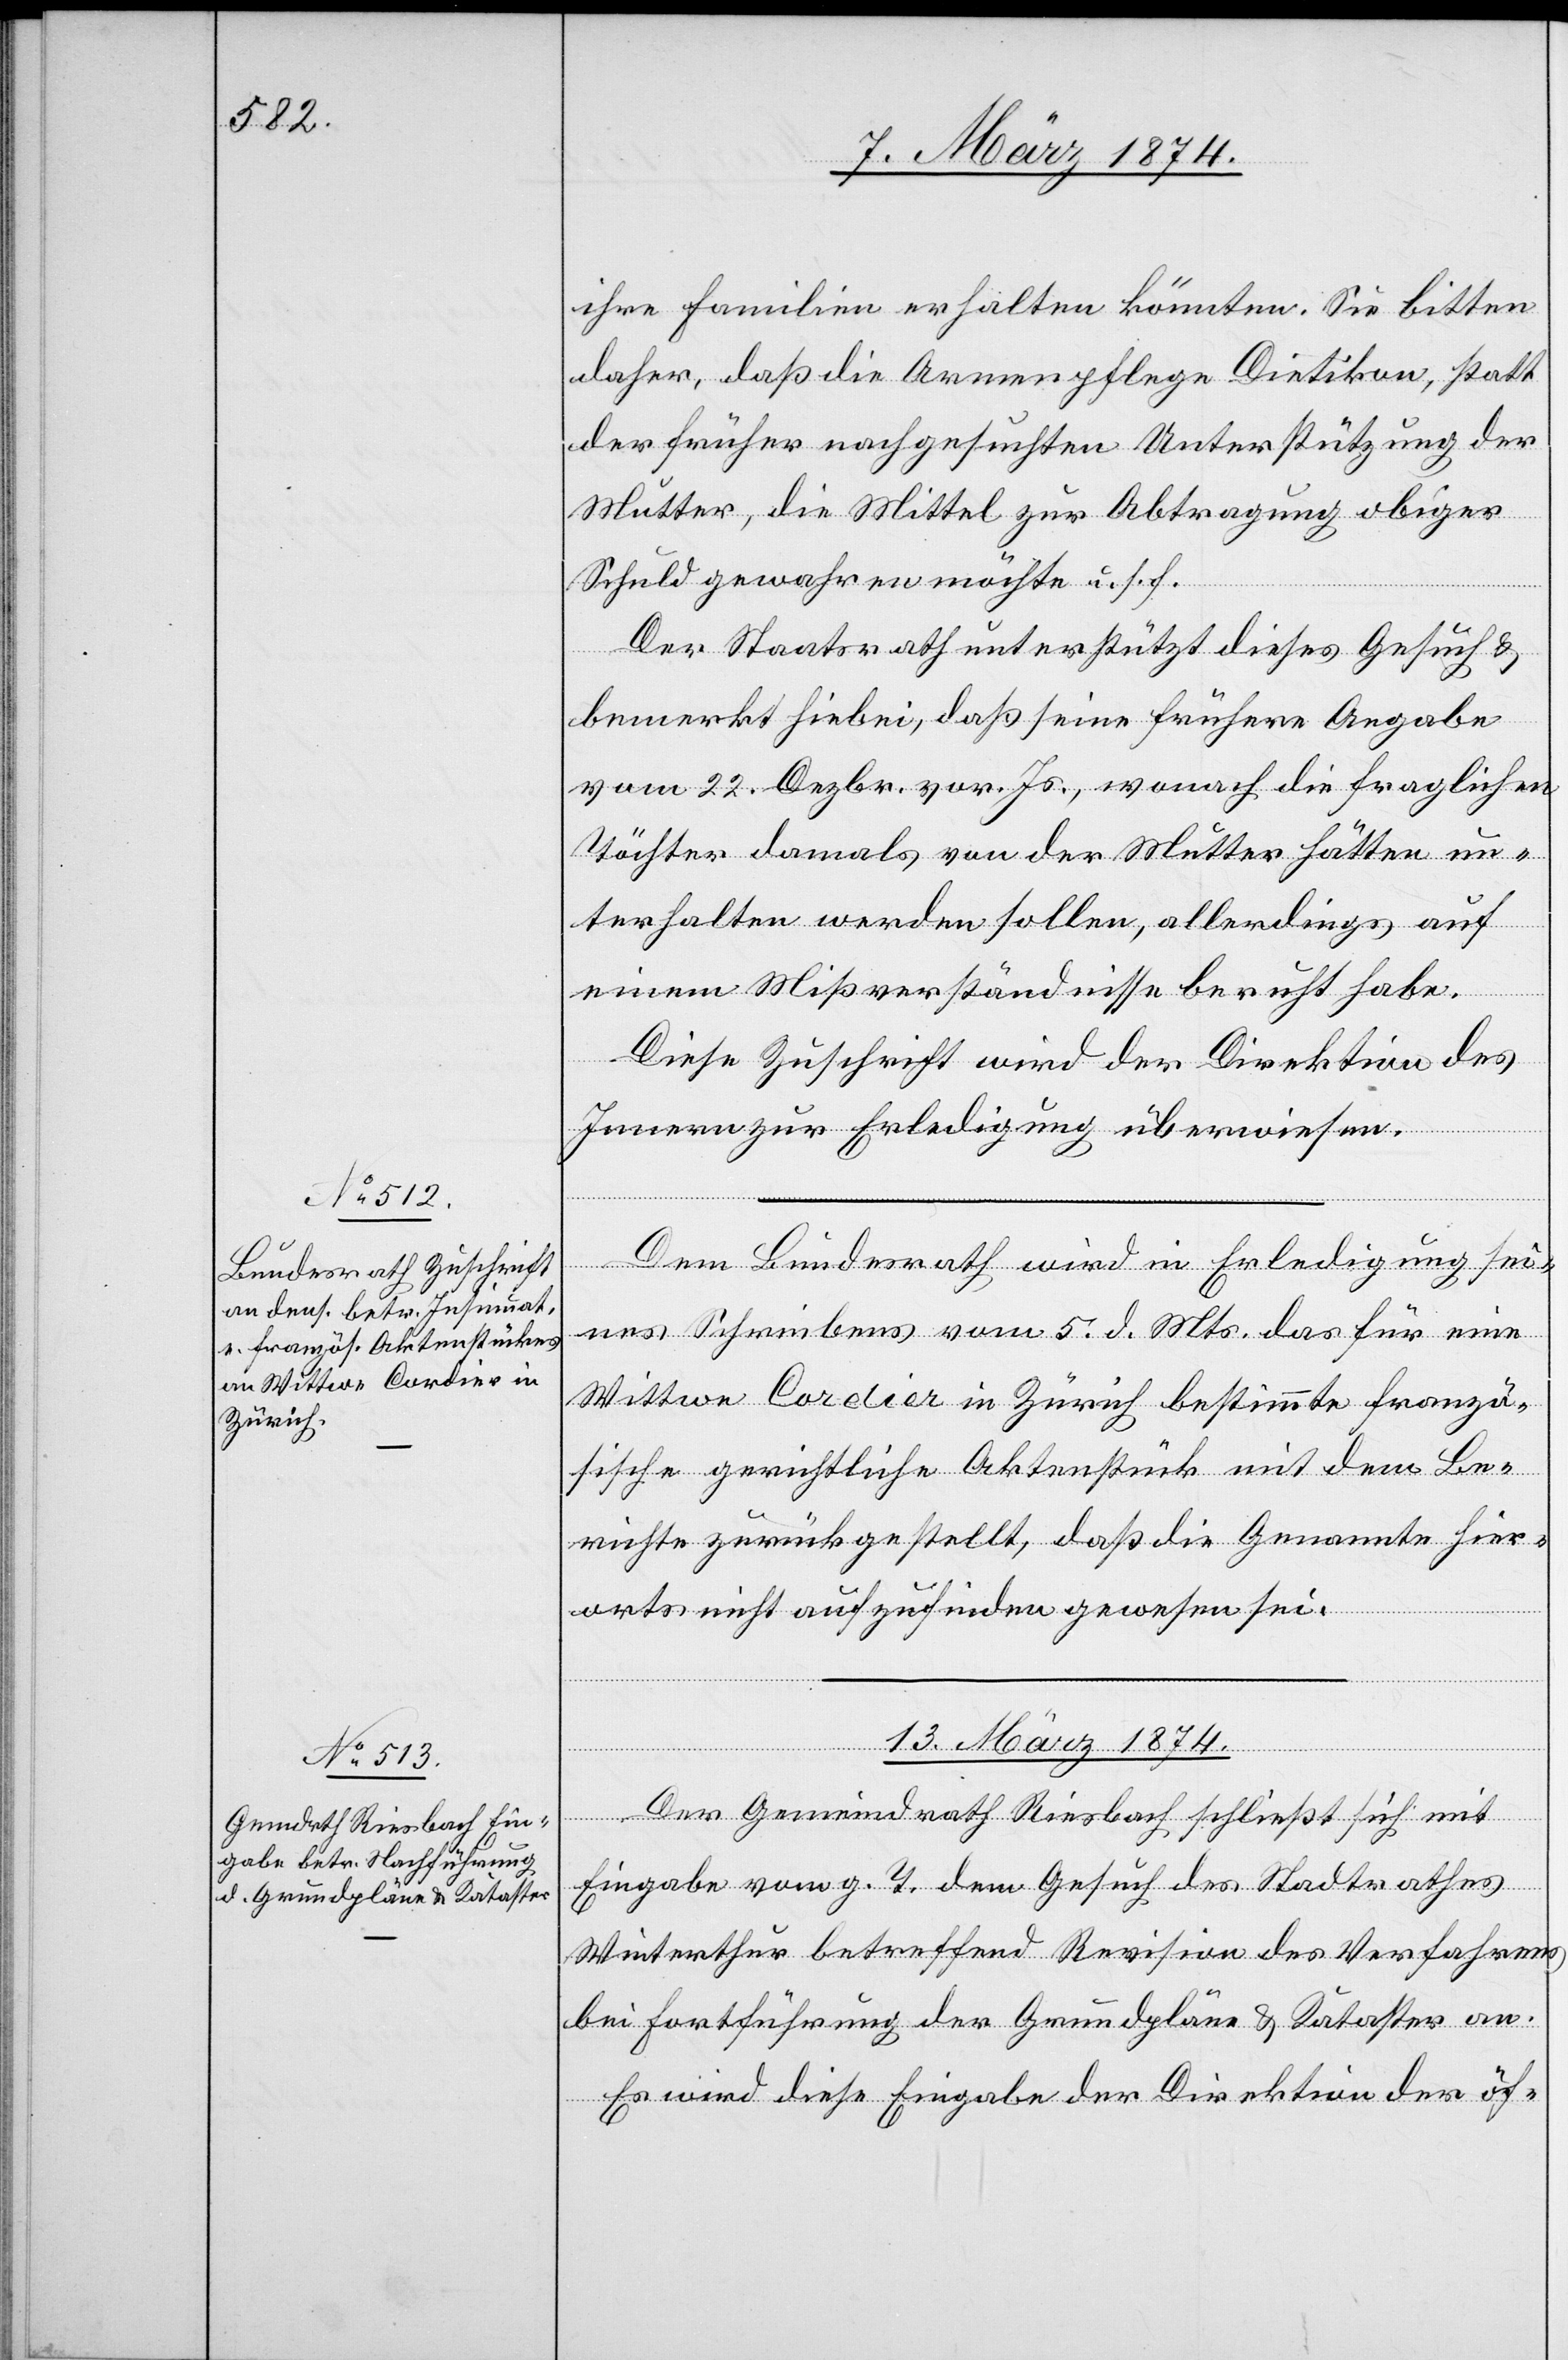
11. März 1874.]
ihre Familien erhalten könnten. Sie bitten
daher, daß die Armenpflege Dietikon, statt
der früher nachgesuchten Unterstützung der
Mutter, die Mittel zur Abtragung obiger
Schuld gewahren möchte u. s. f.
Der Staatsrath unterstützt dieses Gesuch u.
bemerkt hiebei, daß seine frühere Angabe
vom 22. Dezbr. vor. Js., wonach die fraglichen
Töchter damals von der Mutter hätten un¬
terhalten werden sollen, allerdings auf
einem Mißverständnisse beruht habe.
Diese Zuschrift wird der Direktion des
Innern zur Erledigung überwiesen.
Dem Bundesrath wird in Erledigung sei¬
nes Schreibens vom 5. d. Mts. das für eine
Wittwe Cordier in Zürich bestimmte franzö¬
sische gerichtliche Aktenstück mit dem Be¬
richte zurückgestellt, daß die Genannte hier¬
orts nicht aufzufinden gewesen sei.
mit
13. März 1874.
Gemeindrath
Eingabe vom g. T. dem Gesuch des Stadtrathes
Winterthur betreffend Revision des Verfahrens
bei Fortführung der Grundpläne u. Kataster an.
Es wird diese Eingabe der Direktion der öf-